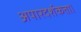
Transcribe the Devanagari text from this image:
अपारदर्शकता।